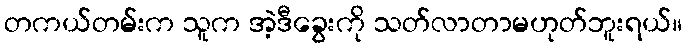
တကယ်တမ်းက သူက အဲ့ဒီခွေးကို သတ်လာတာမဟုတ်ဘူးရယ်။